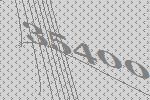
35400